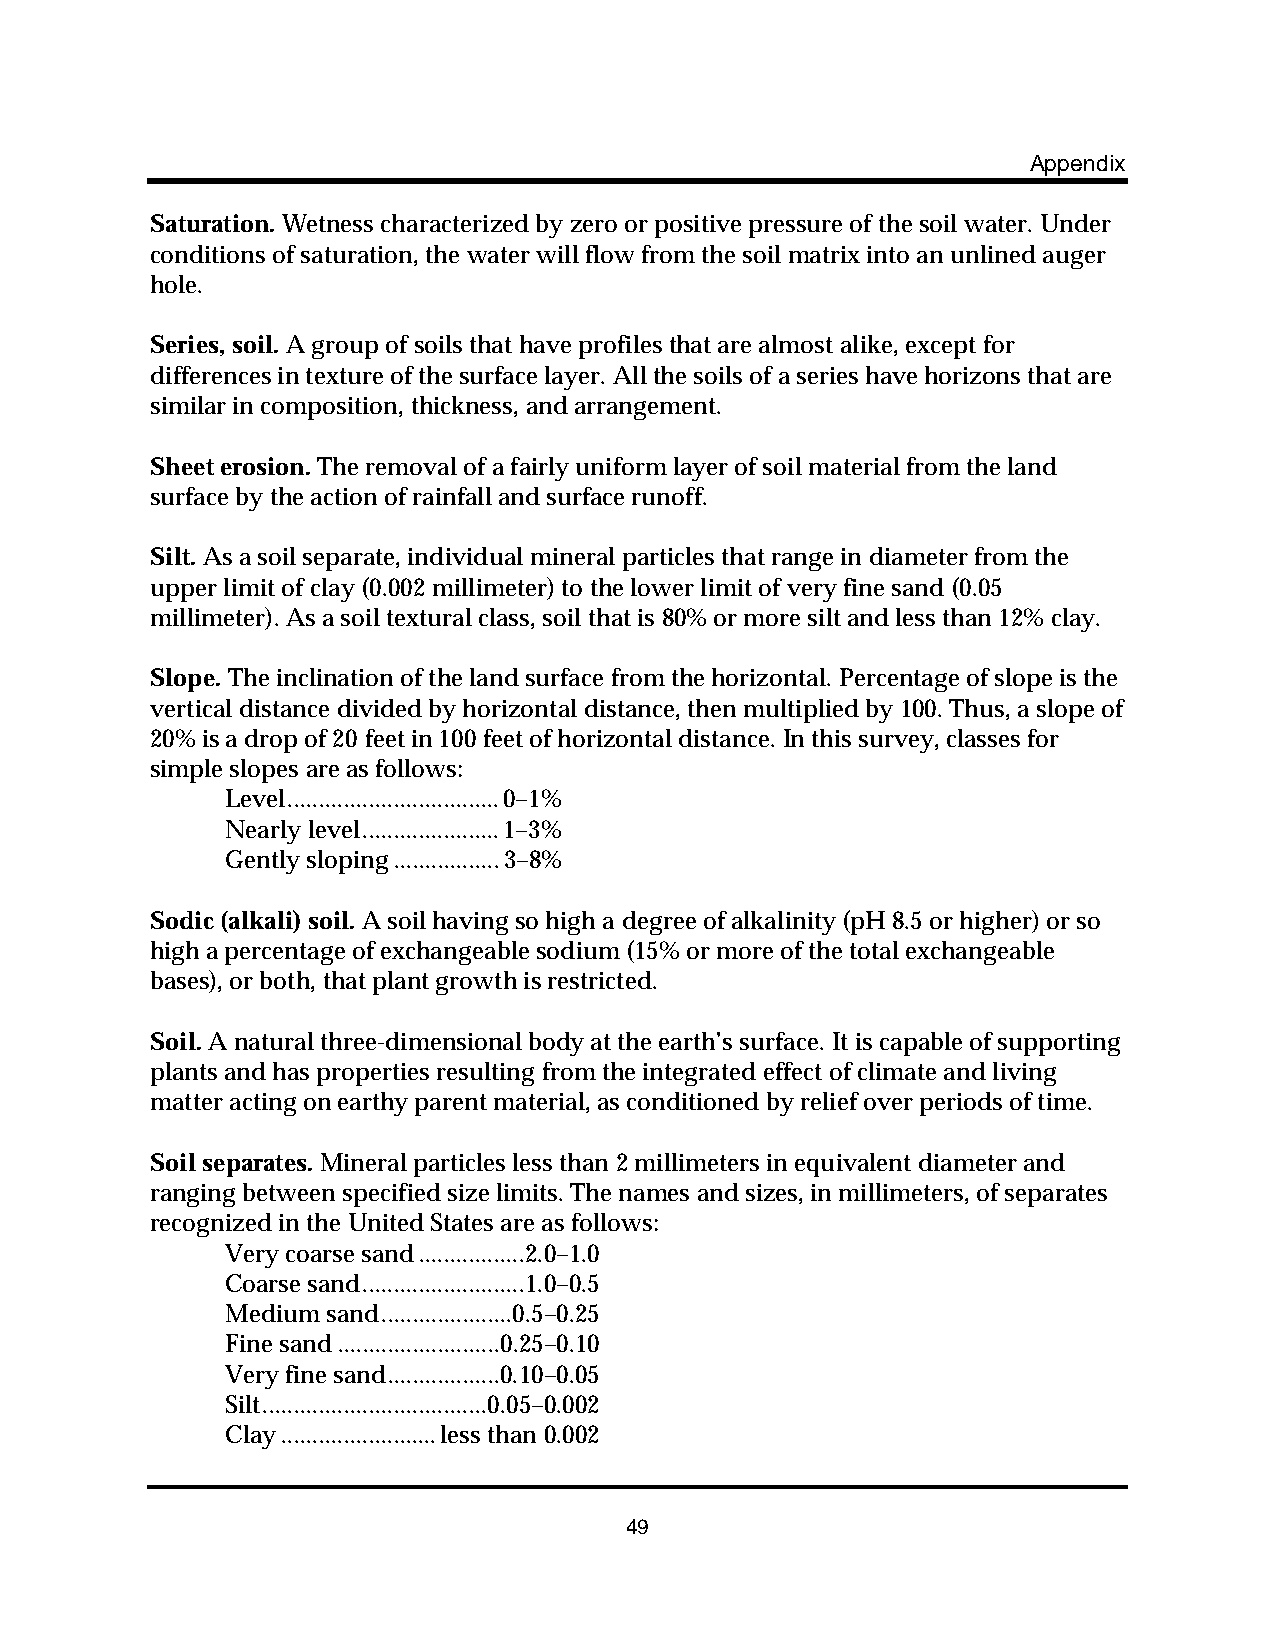
Appendix
 Saturation. Wetness characterized by zero or positive pressure of the soil water. Under
 conditions of saturation, the water will flow from the soil matrix into an unlined auger
 hole.
 Series, soil. A group of soils that have profiles that are almost alike, except for
 differences in texture of the surface layer. All the soils of a series have horizons that are
 similar in composition, thickness, and arrangement.
 Sheet erosion. The removal of a fairly uniform layer of soil material from the land
 surface by the action of rainfall and surface runoff.
 Silt. As a soil separate, individual mineral particles that range in diameter from the
 upper limit of clay (0.002 millimeter) to the lower limit of very fine sand (0.05
 millimeter). As a soil textural class, soil that is 80% or more silt and less than 12% clay.
 Slope. The inclination of the land surface from the horizontal. Percentage of slope is the
 vertical distance divided by horizontal distance, then multiplied by 100. Thus, a slope of
 20% is a drop of 20 feet in 100 feet of horizontal distance. In this survey, classes for
 simple slopes are as follows:
 Level..................................0–1%
 Nearly level......................1–3%
 Gently sloping.................3–8%
 Sodic (alkali) soil. A soil having so high a degree of alkalinity (pH 8.5 or higher) or so
 high a percentage of exchangeable sodium (15% or more of the total exchangeable
 bases), or both, that plant growth is restricted.
 Soil. A natural three-dimensional body at the earth’s surface. It is capable of supporting
 plants and has properties resulting from the integrated effect of climate and living
 matter acting on earthy parent material, as conditioned by relief over periods of time.
 Soil separates. Mineral particles less than 2 millimeters in equivalent diameter and
 ranging between specified size limits. The names and sizes, in millimeters, of separates
 recognized in the United States are as follows:
 Very coarse sand.................2.0–1.0
 Coarse sand..........................1.0–0.5
 Medium sand.....................0.5–0.25
 Fine sand..........................0.25–0.10
 Very fine sand..................0.10–0.05
 Silt....................................0.05–0.002
 Clay.........................less than 0.002
 49